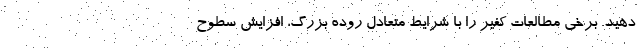
دهید. برخی مطالعات کفیر را با شرایط متعادل روده بزرگ، افزایش سطوح